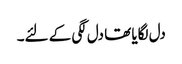
دل لگایا تھا دل لگی کے لئے۔